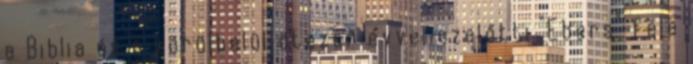
a Biblia és a körülbelül ötezer évvel ezelőtti "Ebers"-féle